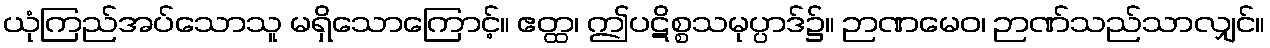
ယုံကြည်အပ်သောသူ မရှိသောကြောင့်။ ဧတ္ထ၊ ဤပဋိစ္စသမုပ္ပာဒ်၌။ ဉာဏမေဝ၊ ဉာဏ်သည်သာလျှင်။